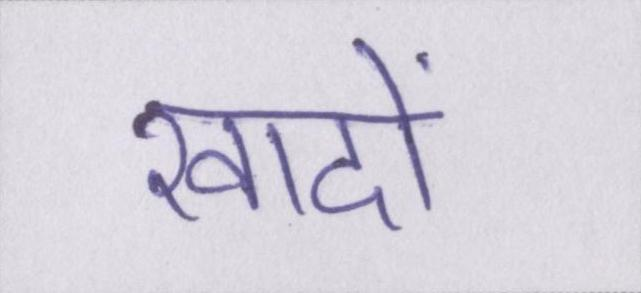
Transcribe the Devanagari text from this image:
खादों